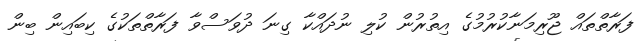
ފަރާތްތައް ޖޫރިމަނާކުރުމުގެ އިތުރުން ކުލި ނުދައްކާ ގިނަ ދުވަސްވާ ފަރާތްތަކުގެ ކިބައިން ބިން